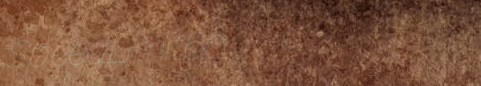
SpeedLimit60